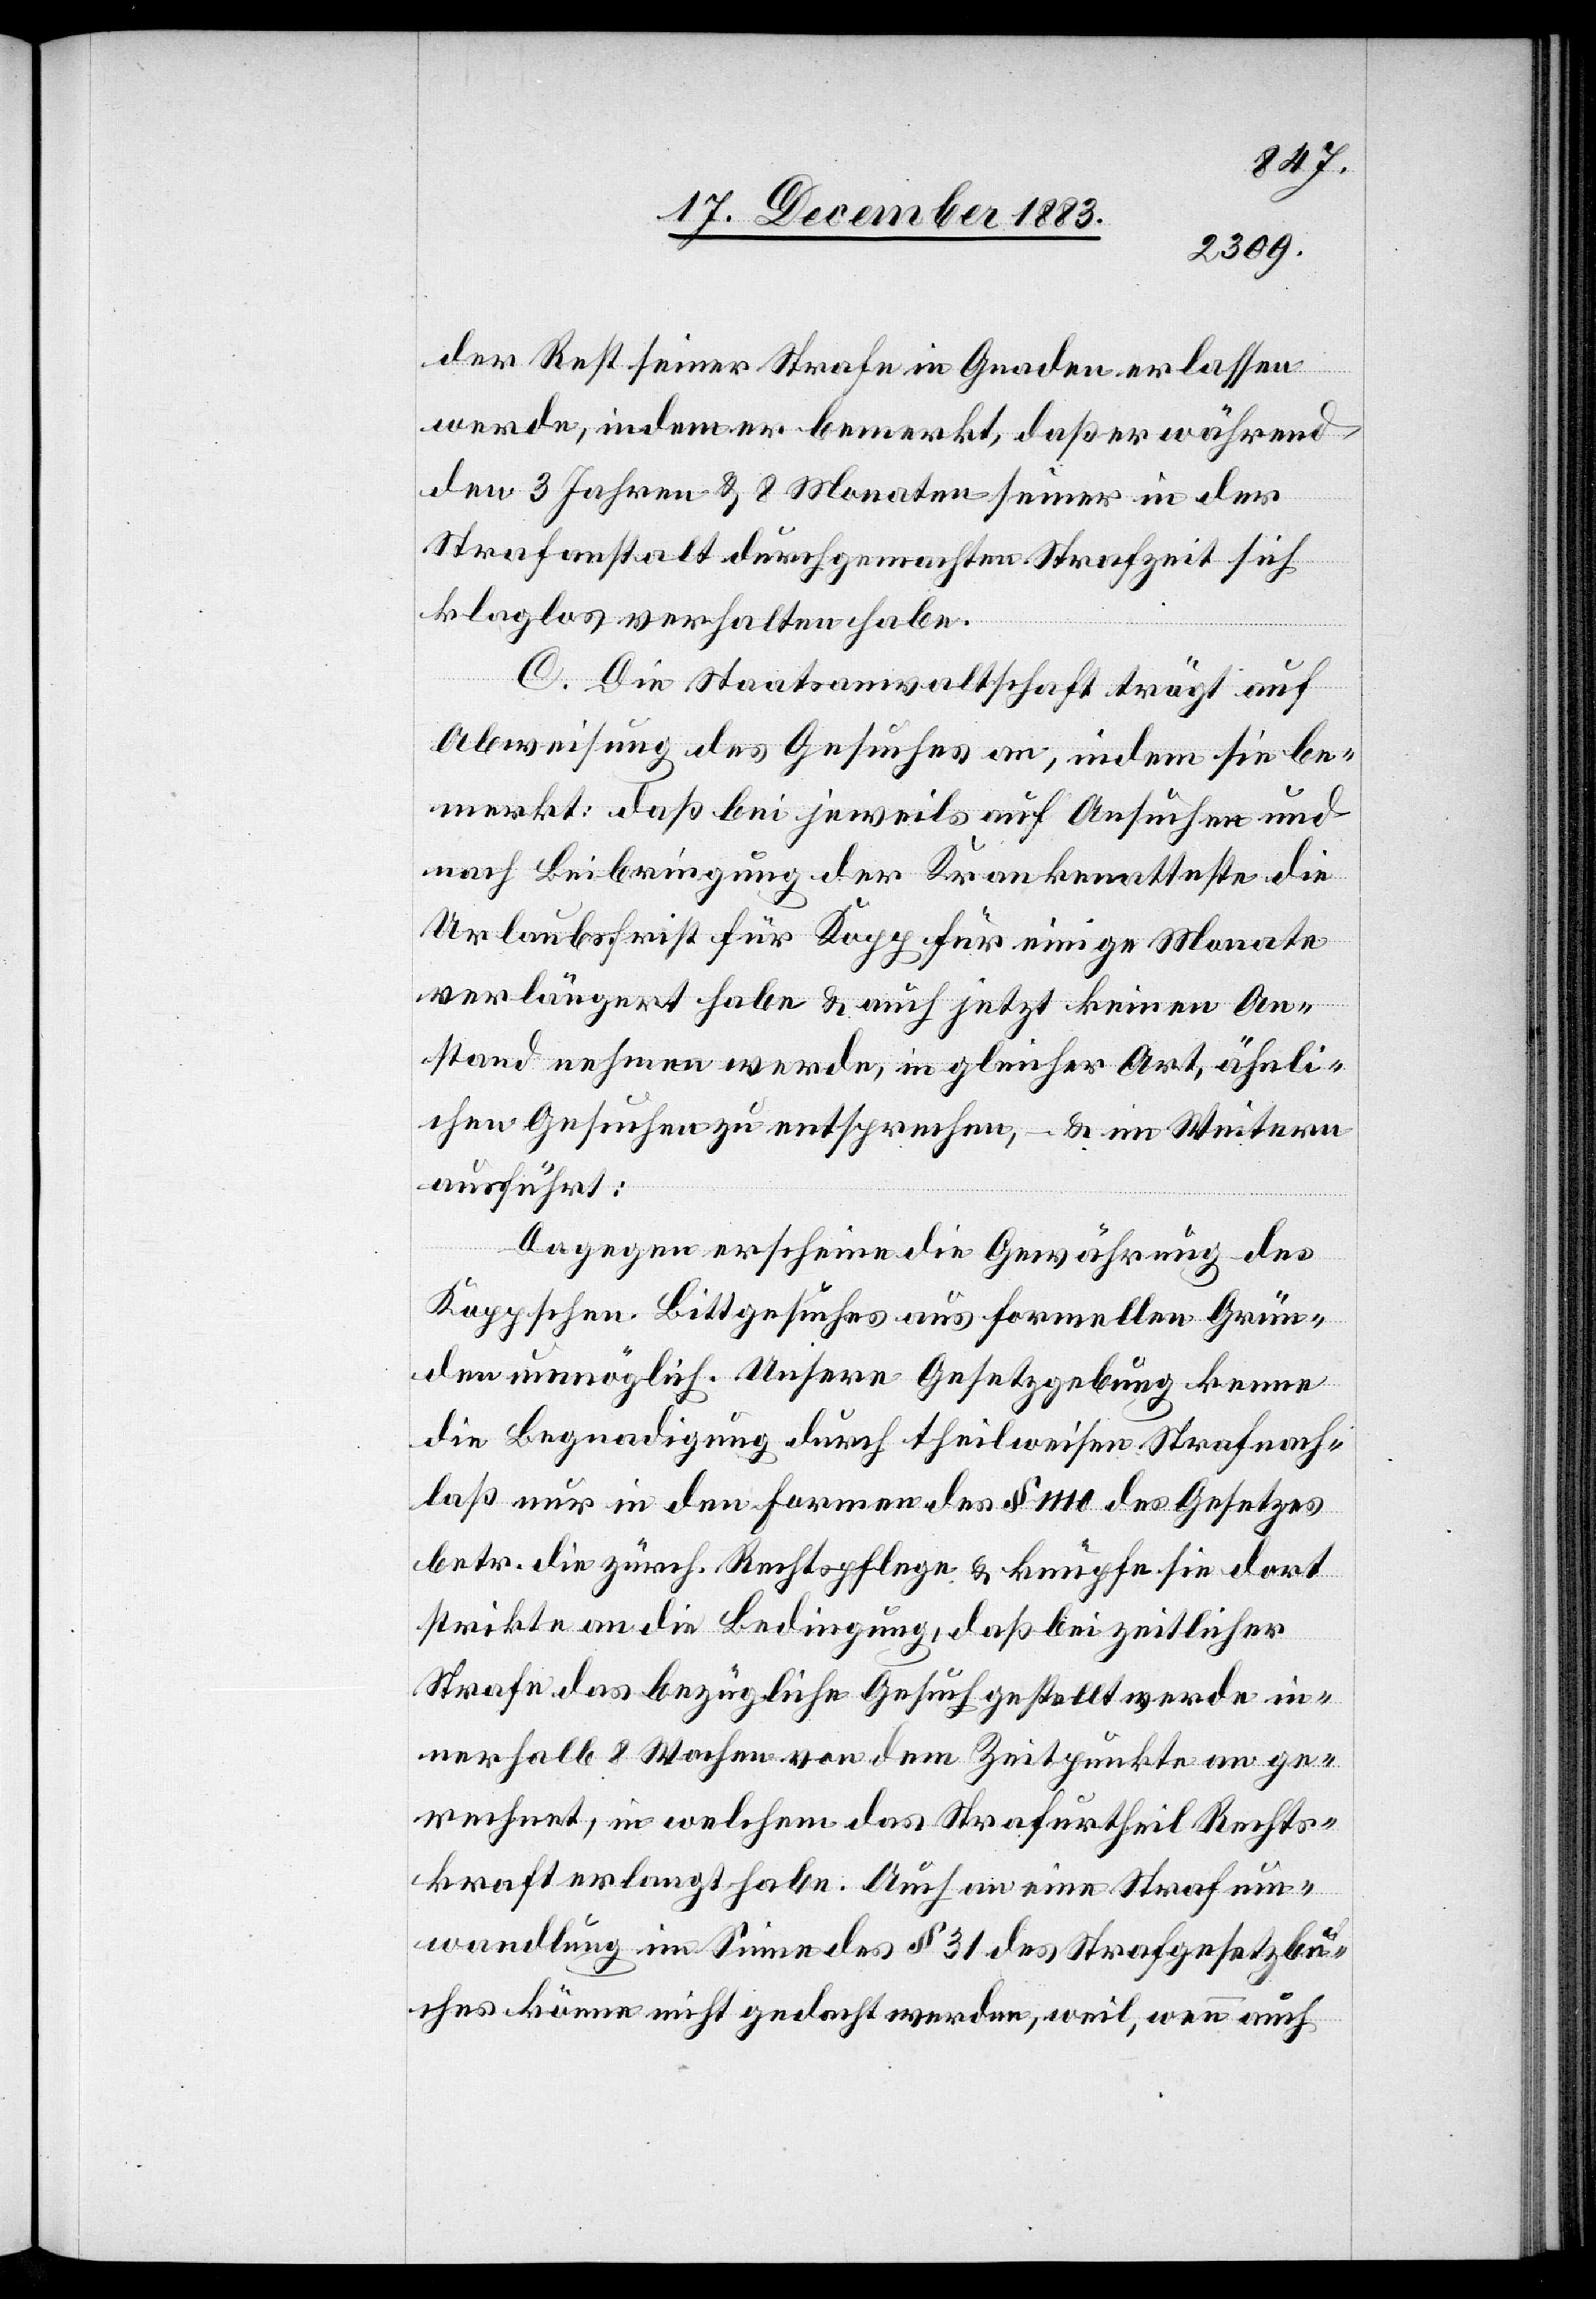
der Rest seiner Strafe in Gnaden erlassen
werde, indem er bemerkt, daß er während
den 3 Jahren & 8 Monaten seiner in der
Strafanstalt durchgemachten Strafzeit sich
klaglos verhalten habe.
C. Die Staatsanwaltschaft trägt auf
Abweisung des Gesuches an, indem sie be¬
merkt; daß bei jeweils auf Ansuchen und
nach Beibringung der Krankenatteste die
Urlaubsfrist für Kopp für einige Monate
verlängert habe & auch jetzt keinen An¬
stand nehmen werde, in gleicher Art, ähnli¬
chen Gesuchen zu entsprechen, – & im Weitern
ausgeführt:
Dagegen erscheine die Gewährung des
Koppschen Bittgesuches aus formellen Grün¬
den unmöglich. Unsere Gesetzgebung kenne
die Begnadigung durch theilweisen Strafnach¬
laß nur in den Formen des § 1110 des Gesetzes
betr. die zürch. Rechtspflege & knüpfe sie dort
strikte an die Bedingung, daß bei zeitlicher
Strafe das bezügliche Gesuch gestellt werde in¬
nerhalb 8 Wochen von dem Zeitpunkte an ge¬
rechnet, in welchem das Strafurtheil Rechts¬
kraft erlangt habe. Auch an eine Strafum¬
wandlung im Sinne des § 31 des Strafgesetzbu¬
ches könne nicht gedacht werden, weil, wenn auch